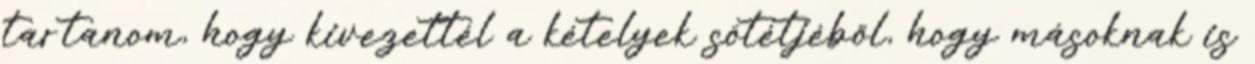
tartanom, hogy kivezettél a kételyek sötétjéből, hogy másoknak is